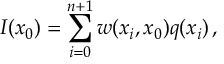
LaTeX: I ( x _ { 0 } ) = \sum _ { i = 0 } ^ { n + 1 } w ( x _ { i } , x _ { 0 } ) q ( x _ { i } ) \, ,